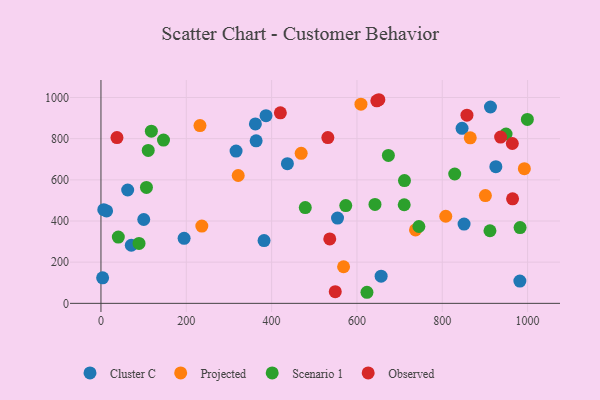
{"axis": {"x": "Study Hours", "y": "Exam Score"}, "legend": ["Cluster C", "Observed", "Projected", "Scenario 1"], "data": [{"x": "194.9", "y": 315.7, "type": "Cluster C"}, {"x": "13.2", "y": 448.8, "type": "Cluster C"}, {"x": "62.6", "y": 550.5, "type": "Cluster C"}, {"x": "6.6", "y": 454.9, "type": "Cluster C"}, {"x": "316.7", "y": 739.9, "type": "Cluster C"}, {"x": "981.9", "y": 108.2, "type": "Cluster C"}, {"x": "386.9", "y": 911.6, "type": "Cluster C"}, {"x": "846.4", "y": 850.4, "type": "Cluster C"}, {"x": "100.3", "y": 407.2, "type": "Cluster C"}, {"x": "656.7", "y": 131.8, "type": "Cluster C"}, {"x": "363.7", "y": 789.5, "type": "Cluster C"}, {"x": "382.3", "y": 304.7, "type": "Cluster C"}, {"x": "71.1", "y": 282.1, "type": "Cluster C"}, {"x": "362.0", "y": 871.7, "type": "Cluster C"}, {"x": "554.5", "y": 414.2, "type": "Cluster C"}, {"x": "851.1", "y": 385.1, "type": "Cluster C"}, {"x": "437.0", "y": 678.6, "type": "Cluster C"}, {"x": "3.9", "y": 123.9, "type": "Cluster C"}, {"x": "925.6", "y": 664.0, "type": "Cluster C"}, {"x": "913.0", "y": 953.8, "type": "Cluster C"}, {"x": "232.1", "y": 863.6, "type": "Projected"}, {"x": "469.3", "y": 728.5, "type": "Projected"}, {"x": "321.7", "y": 621.1, "type": "Projected"}, {"x": "808.2", "y": 423.0, "type": "Projected"}, {"x": "236.4", "y": 375.4, "type": "Projected"}, {"x": "865.6", "y": 803.8, "type": "Projected"}, {"x": "609.4", "y": 967.3, "type": "Projected"}, {"x": "901.1", "y": 523.4, "type": "Projected"}, {"x": "568.7", "y": 177.9, "type": "Projected"}, {"x": "737.3", "y": 356.8, "type": "Projected"}, {"x": "992.4", "y": 654.0, "type": "Projected"}, {"x": "829.2", "y": 628.2, "type": "Scenario 1"}, {"x": "118.1", "y": 836.2, "type": "Scenario 1"}, {"x": "711.4", "y": 596.6, "type": "Scenario 1"}, {"x": "89.2", "y": 291.0, "type": "Scenario 1"}, {"x": "982.4", "y": 368.1, "type": "Scenario 1"}, {"x": "999.5", "y": 893.3, "type": "Scenario 1"}, {"x": "478.9", "y": 465.2, "type": "Scenario 1"}, {"x": "573.8", "y": 474.7, "type": "Scenario 1"}, {"x": "110.8", "y": 742.8, "type": "Scenario 1"}, {"x": "745.2", "y": 373.2, "type": "Scenario 1"}, {"x": "146.6", "y": 793.3, "type": "Scenario 1"}, {"x": "949.5", "y": 822.6, "type": "Scenario 1"}, {"x": "710.8", "y": 478.9, "type": "Scenario 1"}, {"x": "642.3", "y": 480.7, "type": "Scenario 1"}, {"x": "40.7", "y": 322.1, "type": "Scenario 1"}, {"x": "911.8", "y": 352.6, "type": "Scenario 1"}, {"x": "673.7", "y": 718.5, "type": "Scenario 1"}, {"x": "106.6", "y": 563.2, "type": "Scenario 1"}, {"x": "623.5", "y": 53.8, "type": "Scenario 1"}, {"x": "964.2", "y": 776.4, "type": "Observed"}, {"x": "646.6", "y": 983.7, "type": "Observed"}, {"x": "651.4", "y": 989.1, "type": "Observed"}, {"x": "536.3", "y": 312.9, "type": "Observed"}, {"x": "936.8", "y": 807.9, "type": "Observed"}, {"x": "531.8", "y": 805.4, "type": "Observed"}, {"x": "549.2", "y": 56.5, "type": "Observed"}, {"x": "964.8", "y": 507.8, "type": "Observed"}, {"x": "857.9", "y": 914.1, "type": "Observed"}, {"x": "420.5", "y": 925.3, "type": "Observed"}, {"x": "37.5", "y": 805.1, "type": "Observed"}]}